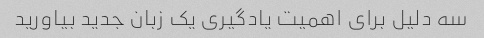
سه دلیل برای اهمیت یادگیری یک زبان جدید بیاورید